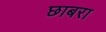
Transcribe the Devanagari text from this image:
छाबरा